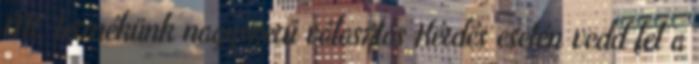
ML termékünk nagyszerű választás Kérdés esetén vedd fel a